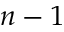
n - 1